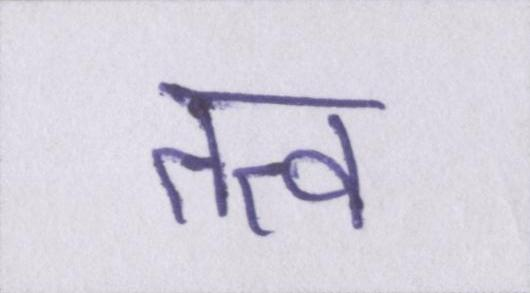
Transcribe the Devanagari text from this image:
तत्व